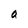
Character: a